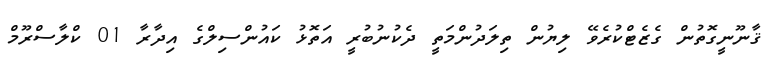
ޤާނޫނީގޮތުން ގެޒެޓްކުރެވޭ ލިޔުން ތިލަދުންމަތީ ދެކުނުބުރީ އަތޮޅު ކައުންސިލްގެ އިދާރާ 01 ކްލާސްރޫމް